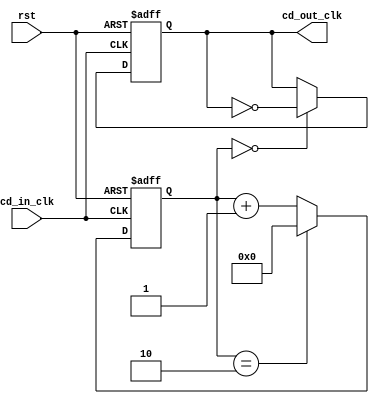
`timescale 1ns / 1ps
//////////////////////////////////////////////////////////////////////////////////
// Company: 
// Engineer: 
// 
// Design Name: 
// Module Name: Clk_Div
// Project Name: 
// Target Devices: 
// Tool Versions: 
// Description: 
// 
// Dependencies: 
// 
// Revision:
// Revision 0.01 - File Created
// Additional Comments:
// 
//////////////////////////////////////////////////////////////////////////////////


module Clk_Div
#(
parameter CNT_BIT=5'd5,
parameter CNT_MAX=5'd2
 )
(
input cd_in_clk,
input rst,
output reg cd_out_clk
);

reg [CNT_BIT:0]cnt;
always@(posedge cd_in_clk,negedge rst)
	if(!rst)
		cnt<=0;
	else	if(cnt==CNT_MAX)
			cnt<=0;			
		else
			cnt<=cnt+1;

always@(posedge cd_in_clk,negedge rst)
	if(!rst)
		cd_out_clk<=1'h0;
	else	if(cnt==0)
			cd_out_clk<=~cd_out_clk;
		else
			cd_out_clk<=cd_out_clk;
endmodule